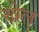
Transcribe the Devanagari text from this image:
खेल्